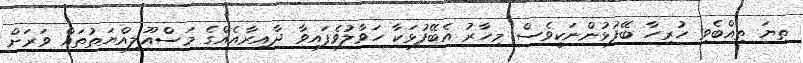
ތިޔަ ތިއްބެވި ހުރިހާ ބޭފުޅުންނަކީވެސް މިހާރު އެބޭފުޅަކާ ހަވާލުވެފައިވާ ދާއިރާއެއްގެ މަސްއޫލިއްޔަތުތައް ވަރަށް